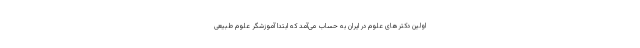
اولین دکترهای علوم در ایران به حساب می‌آمد که ابتدا آموزشگر علوم طبیعی